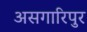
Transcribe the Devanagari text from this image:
असगारिपुर